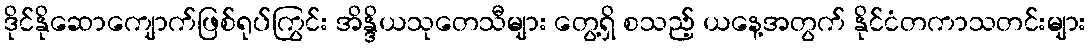
ဒိုင်နိုဆောကျောက်ဖြစ်ရုပ်ကြွင်း အိန္ဒိယသုတေသီများ တွေ့ရှိ စသည့် ယနေ့အတွက် နိုင်ငံတကာသတင်းများ